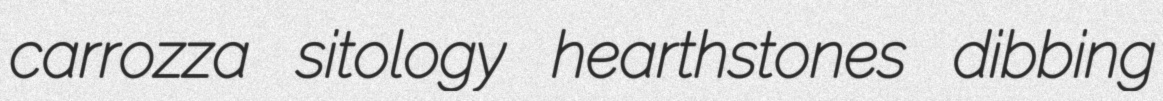
carrozza sitology hearthstones dibbing